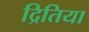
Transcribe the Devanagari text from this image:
द्रितिया